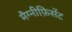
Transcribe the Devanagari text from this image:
मैग्नीफ़िसेंट